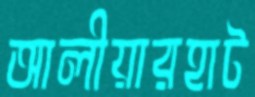
আলীয়ারহাট